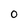
Character: 0